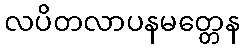
လပိတလာပနမတ္တေန